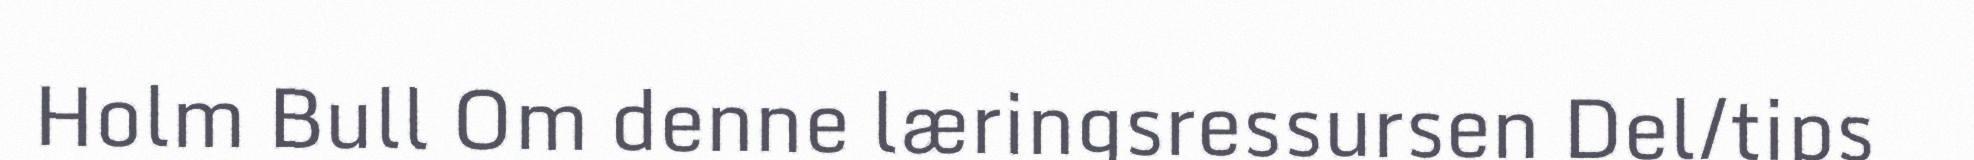
Holm Bull Om denne læringsressursen Del/tips